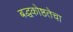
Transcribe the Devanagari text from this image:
बद्धकोष्ठतेचा